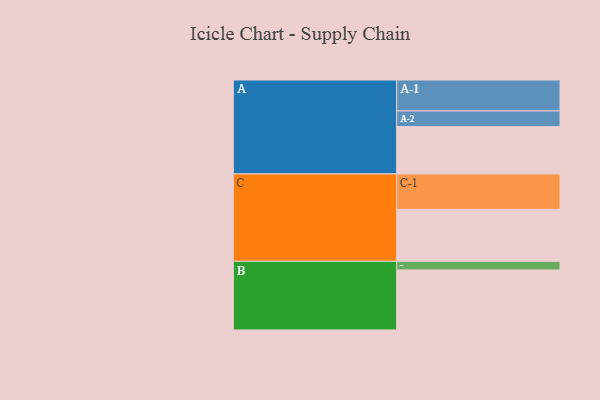
{"axis": {"x": "Segment", "y": "Value"}, "legend": ["", "A", "B", "C"], "data": [{"x": "A", "y": 317, "type": ""}, {"x": "B", "y": 402, "type": ""}, {"x": "C", "y": 348, "type": ""}, {"x": "A-1", "y": 207, "type": "A"}, {"x": "A-2", "y": 105, "type": "A"}, {"x": "B-1", "y": 58, "type": "B"}, {"x": "C-1", "y": 237, "type": "C"}]}